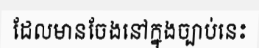
ដែលមានចែងនៅក្នុងច្បាប់នេះ